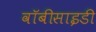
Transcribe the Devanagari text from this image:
वॉबीसाइडी